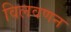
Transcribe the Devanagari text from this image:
विलवणन